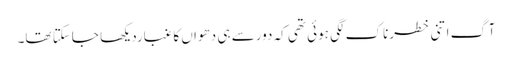
آگ اتنی خطرناک لگی ہوئی تھی کہ دورسے ہی دھواں کا غباردیکھا جاسکتا تھا۔